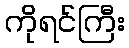
ကိုရင်ကြီး